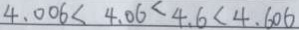
4 . 0 0 6 < 4 . 0 6 < 4 . 6 < 4 . 6 0 6